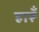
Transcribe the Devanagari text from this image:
हारूँ